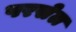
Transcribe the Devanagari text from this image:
परसेल